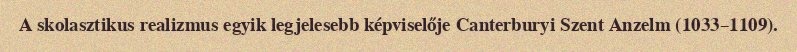
A skolasztikus realizmus egyik legjelesebb képviselője Canterburyi Szent Anzelm (1033–1109).